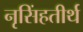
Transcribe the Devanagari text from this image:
नृसिंहतीर्थ